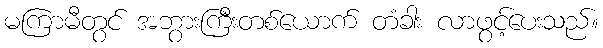
မကြာမီတွင် အဘွားကြီးတစ်ယောက် တံခါး လာဖွင့်ပေးသည်။